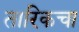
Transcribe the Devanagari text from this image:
तारिकचा